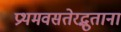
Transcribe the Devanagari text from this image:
प्रथमवसतेरद्भुतानां